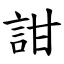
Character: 詌